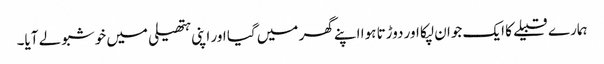
ہمارے قبیلے کا ایک جوان لپکا اور دوڑتا ہوا اپنے گھر میں گیا اور اپنی ہتھیلی میں خوشبو لے آیا۔